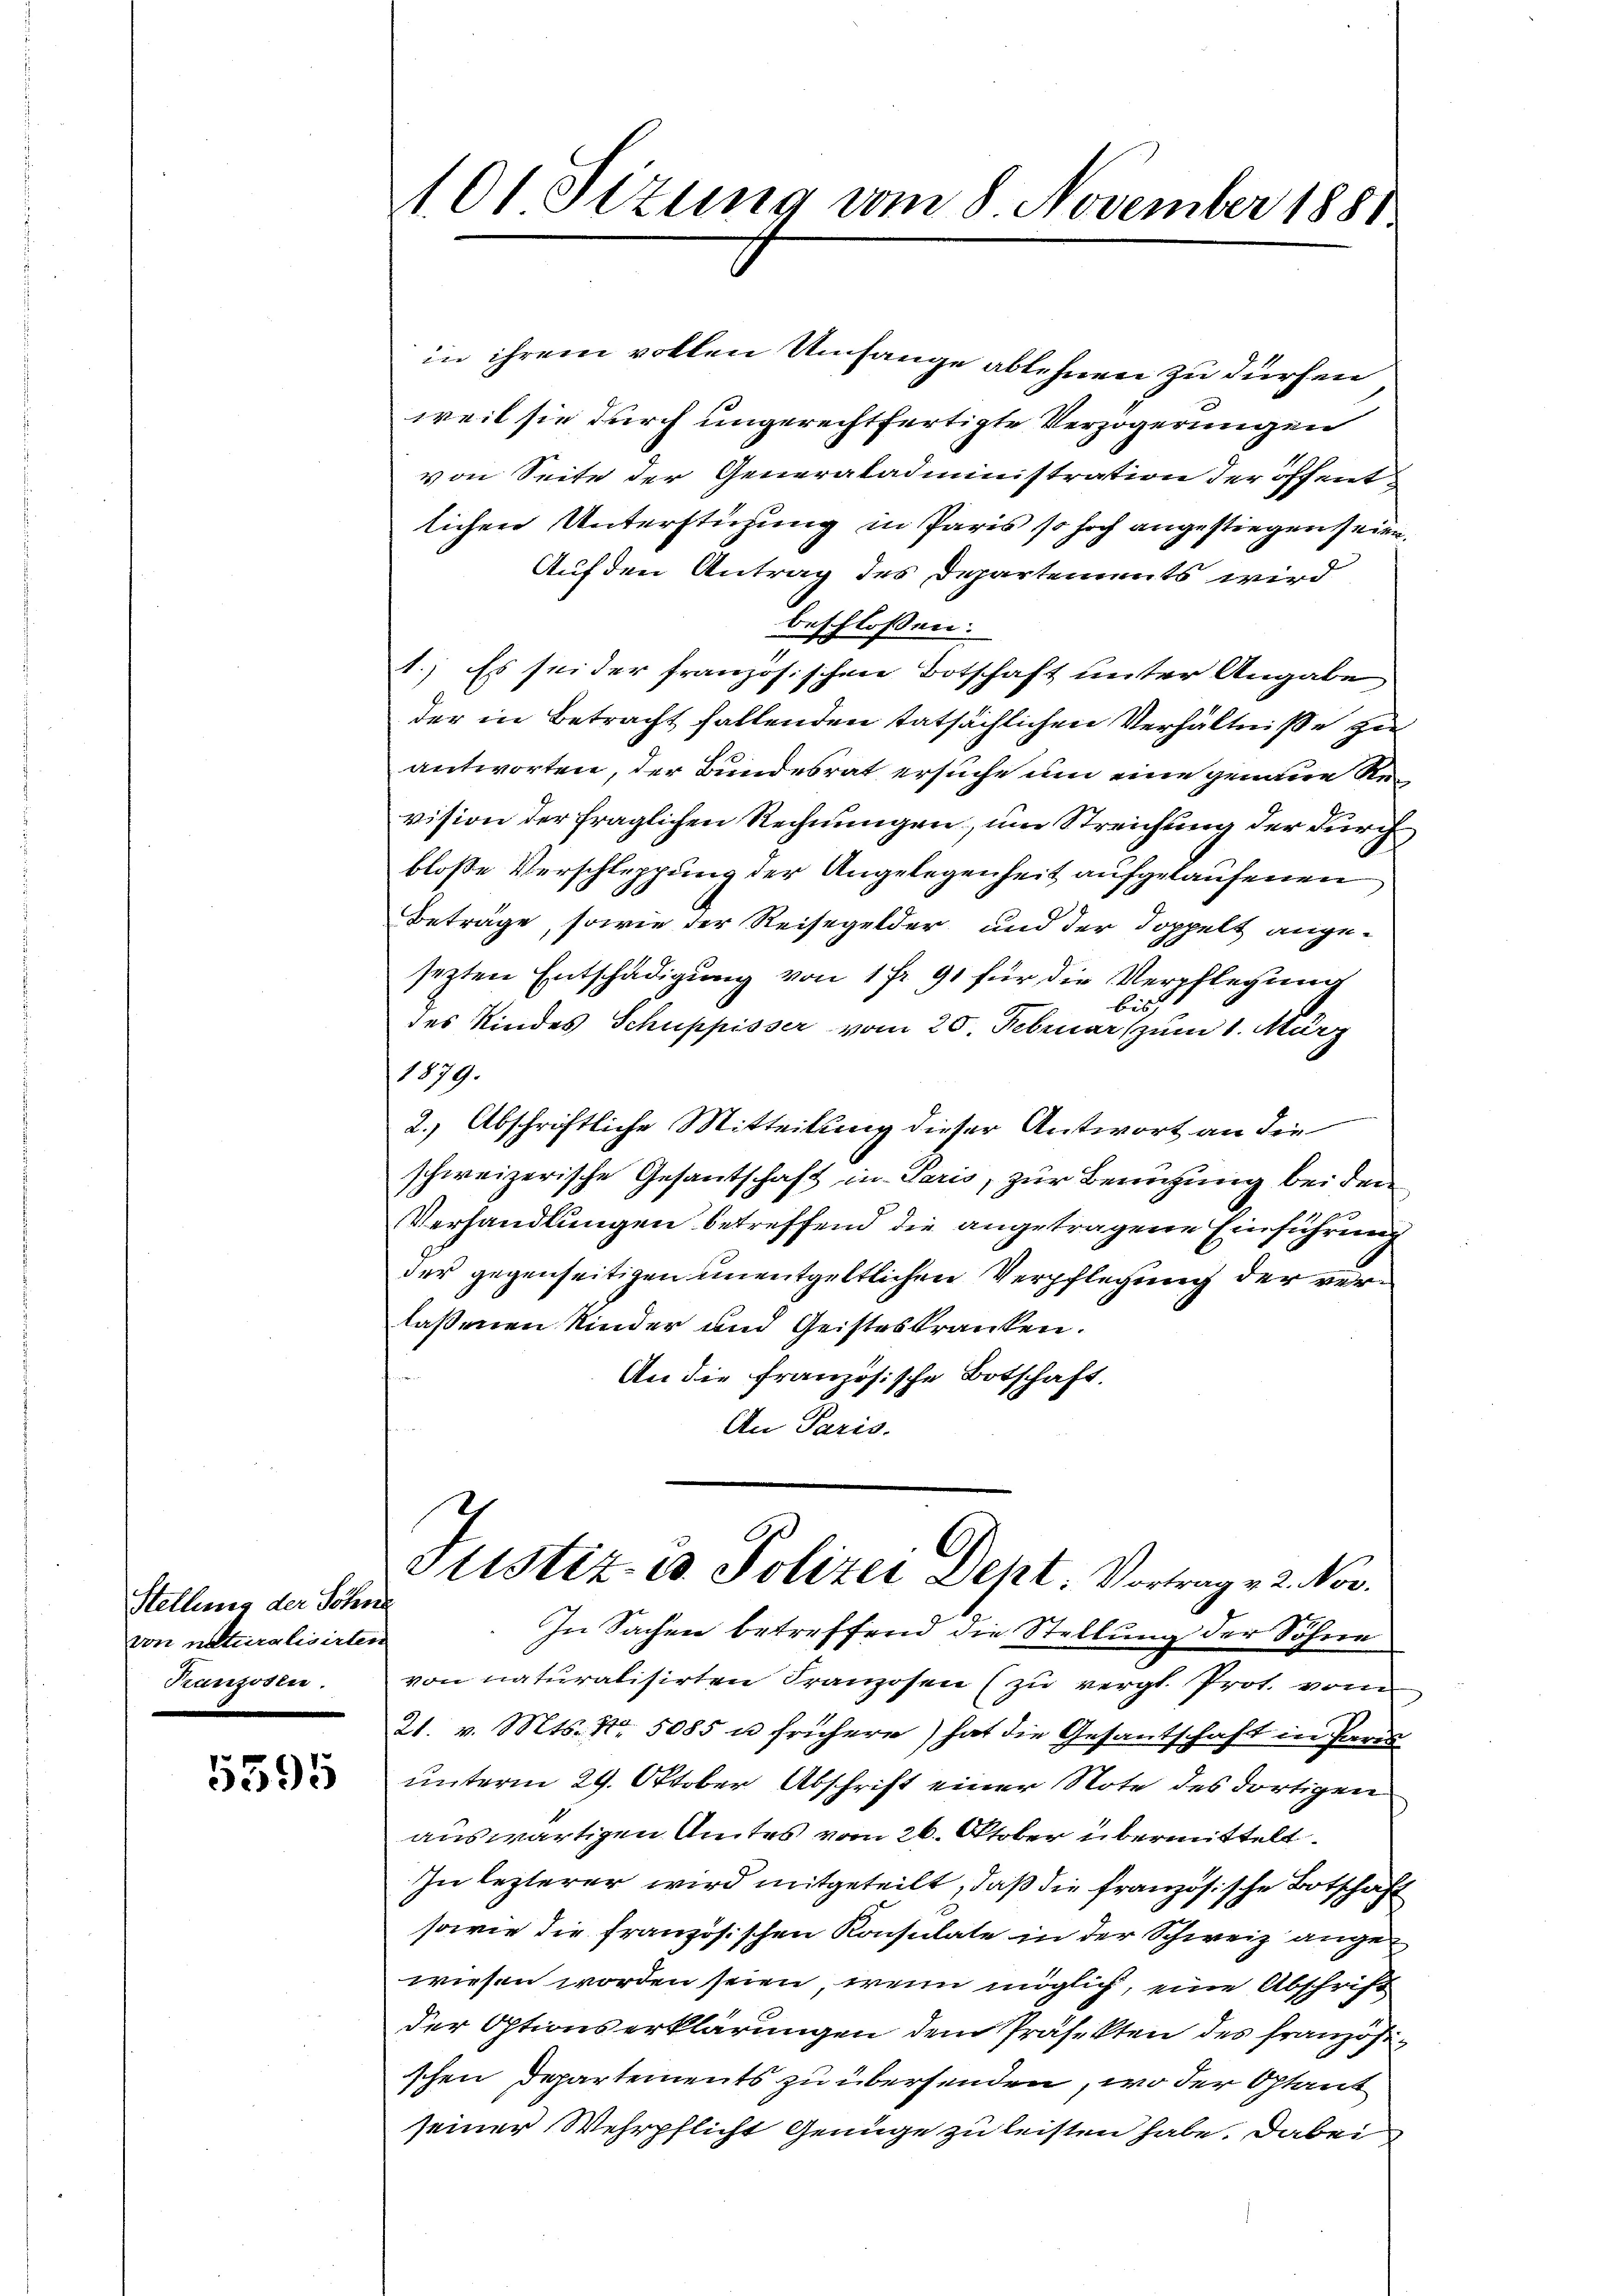
Stellung der Schne
von naturalisirten
Panzosen.

5395

101 Sizung vom 8 November 1881

in ihrem vollen Umfange ablehnen zu dürfen
weil sie durch ungerechtfertigte Verzögerungen
von Seite der Generaladministration der öffentlichen Unterstüzung in Paris so hoch angestiegen seien.
Auf den Antrag des Departements wird
beschlossen:
1.) Es sei der französischen Botschaft unter Angabe
der in Betracht fallenden tatsächlichen Verhältniße zu
antworten, der Bundesrat ersuche um eine genaue Revision der fraglichen Rechnungen, um Streichung der durch
bloße Verschleppung der Angelegenheit aufgelaufenen
Beträge, sowie der Reisegelder und der Doppelt angesezten Entschädigung von 1 Fr. 91 für die Verpflegung
bis
des Kindes Schuppisser vom 20. Februar (zum 1. März
1879.
2.) Abschriftliche Mitteilung dieser Antwort an die
schweizerische Gesantschaft in Paris, zur Beringung bei den
Verhandlungen betreffend die angetragene Einführung
der gegenseitigen unentgeltlichen Verpflegung der verlaßenen Kinder und Geisteskranken.
An die französische Botschaft.
An Paris.
Justiz u. Polizei Dept. Vortrag v. 2. Nov.
In Sachen betreffend die Stellung der Söhne
von naturalisirten Franzosen (zu vergl. Prot. vom
21. v. Mts. Nr. 5085 u frühere) hat die Gesantschaft in Parm
unterm 29. Oktober Abschrift einer Note des dortigen
auswärtigen Amtes vom 26. Oktober übermittelt.
In lezterer wird mitgeteilt, daß die französische Botschaft
sowie die französischen Konsulate in der Schweiz angewiesen worden seien, wenn möglich, eine Abschrift
der Optionserklärungen dem Präsekten des französischen Departements zu übersenden, wo der Optant
seiner Wehrpflicht Genüge zu leisten habe. Dabei